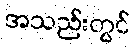
အသည်းတွင်